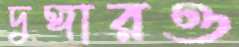
দুঙ্গারও